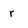
Character: r